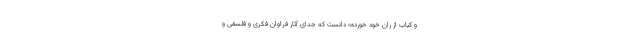
و کباب از رانِ خود خورده» دانست که جدای آثار فراوان فکری و فلسفی و